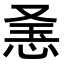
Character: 𢚥